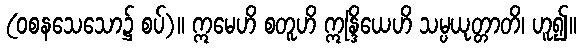
(ဝစနသေသော၌ စပ်)။ ဣမေဟိ စတူဟိ ဣန္ဒြိယေဟိ သမ္ပယုတ္တာတိ၊ ဟူ၍။